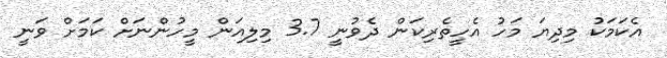
އެކަމަކު މިދިޔަ މަހު އެހީތެރިކަން ދެވުނީ 3.7 މިލިއަން މީހުންނަށް ކަމަށް ވަނީ